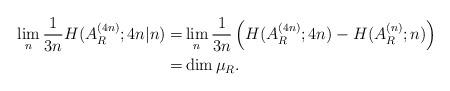
LaTeX: \begin{align*}\lim_n\frac{1}{3n}H(A_{R}^{(4n)};4n| n)=&\lim_n\frac{1}{3n}\left(H(A_{R}^{(4n)};4n)-H(A_{R}^{(n)};n)\right)\\=&\dim\mu_R.\end{align*}